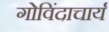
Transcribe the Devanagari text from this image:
गोविंदाचार्य